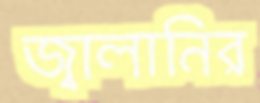
জ্বালানির